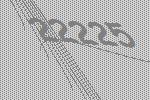
22225